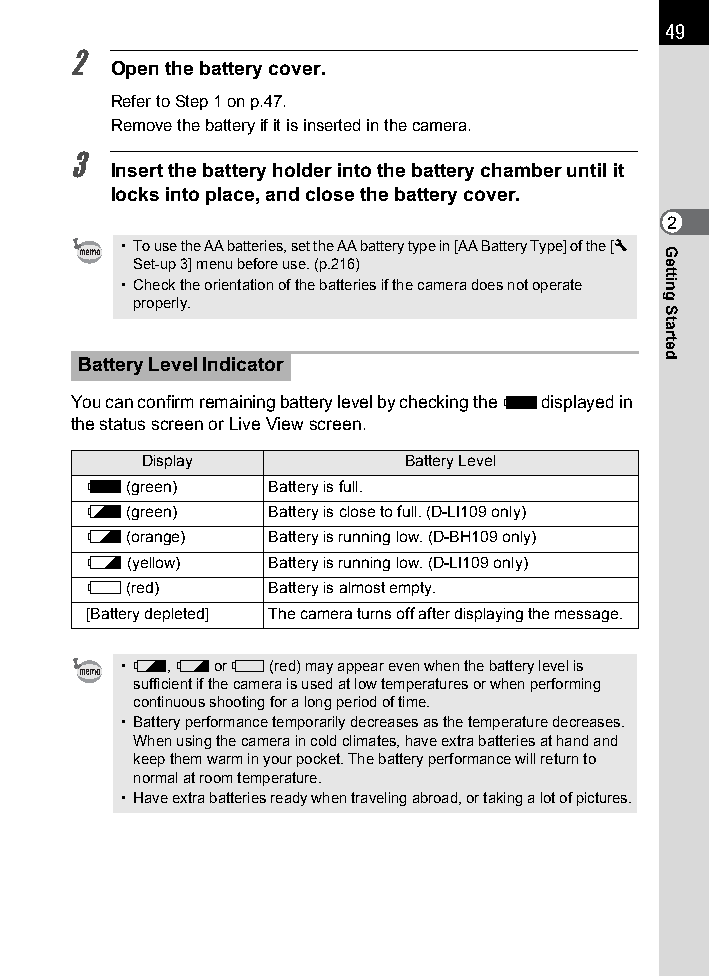
49
 2
 Open the battery cover.
 Refer to Step 1 on p.47.
 Remove the battery if it is inserted in the camera.
 3
 Insert the battery holder into the battery chamber until it
 locks into place, and close the battery cover.
 2
 • To use the AA batteries, set the AA battery type in [AA Battery Type] of the [R
 Set-up 3] menu before use. (p.216)
 • Check the orientation of the batteries if the camera does not operate
 properly.
 Battery Level Indicator
 You can confirm remaining battery level by checking the w displayed in
 the status screen or Live View screen.
 Display           Battery Level
 w (green)   Battery is full.
 x (green)   Battery is close to full. (D-LI109 only)
 f (orange)  Battery is running low. (D-BH109 only)
 y (yellow)  Battery is running low. (D-LI109 only)
 F (red)     Battery is almost empty.
 [Battery depleted] The camera turns off after displaying the message.
 • f, y or F (red) may appear even when the battery level is
 sufficient if the camera is used at low temperatures or when performing
 continuous shooting for a long period of time.
 • Battery performance temporarily decreases as the temperature decreases.
 When using the camera in cold climates, have extra batteries at hand and
 keep them warm in your pocket. The battery performance will return to
 normal at room temperature.
 • Have extra batteries ready when traveling abroad, or taking a lot of pictures.
 Getting
 Started